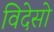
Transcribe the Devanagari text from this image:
विदेसो